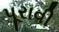
પૂરાવી